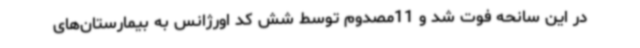
در این سانحه فوت شد و 11مصدوم توسط شش کد اورژانس به بیمارستان‌های